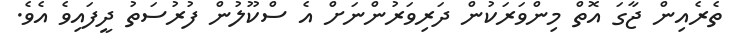
ތެރެއިން ޖާގަ އޮތް މިންވަރަކުން ދަރިވަރުންނަށް އެ ސްކޫލުން ފުރުސަތު ދީފައިވެ އެވެ.